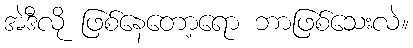
အဲဒီလို ဖြစ်နေတော့ရော ဘာဖြစ်သေးလဲ။